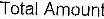
TOTAL AMOUNT